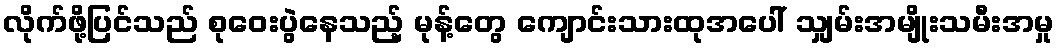
လိုက်ဖို့ပြင်သည် စုဝေးပွဲနေသည့် မုန့်တွေ ကျောင်းသားထုအပေါ် သျှမ်းအမျိုးသမီးအမှု